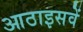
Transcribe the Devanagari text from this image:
आठाइसवें